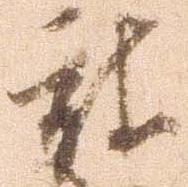
被